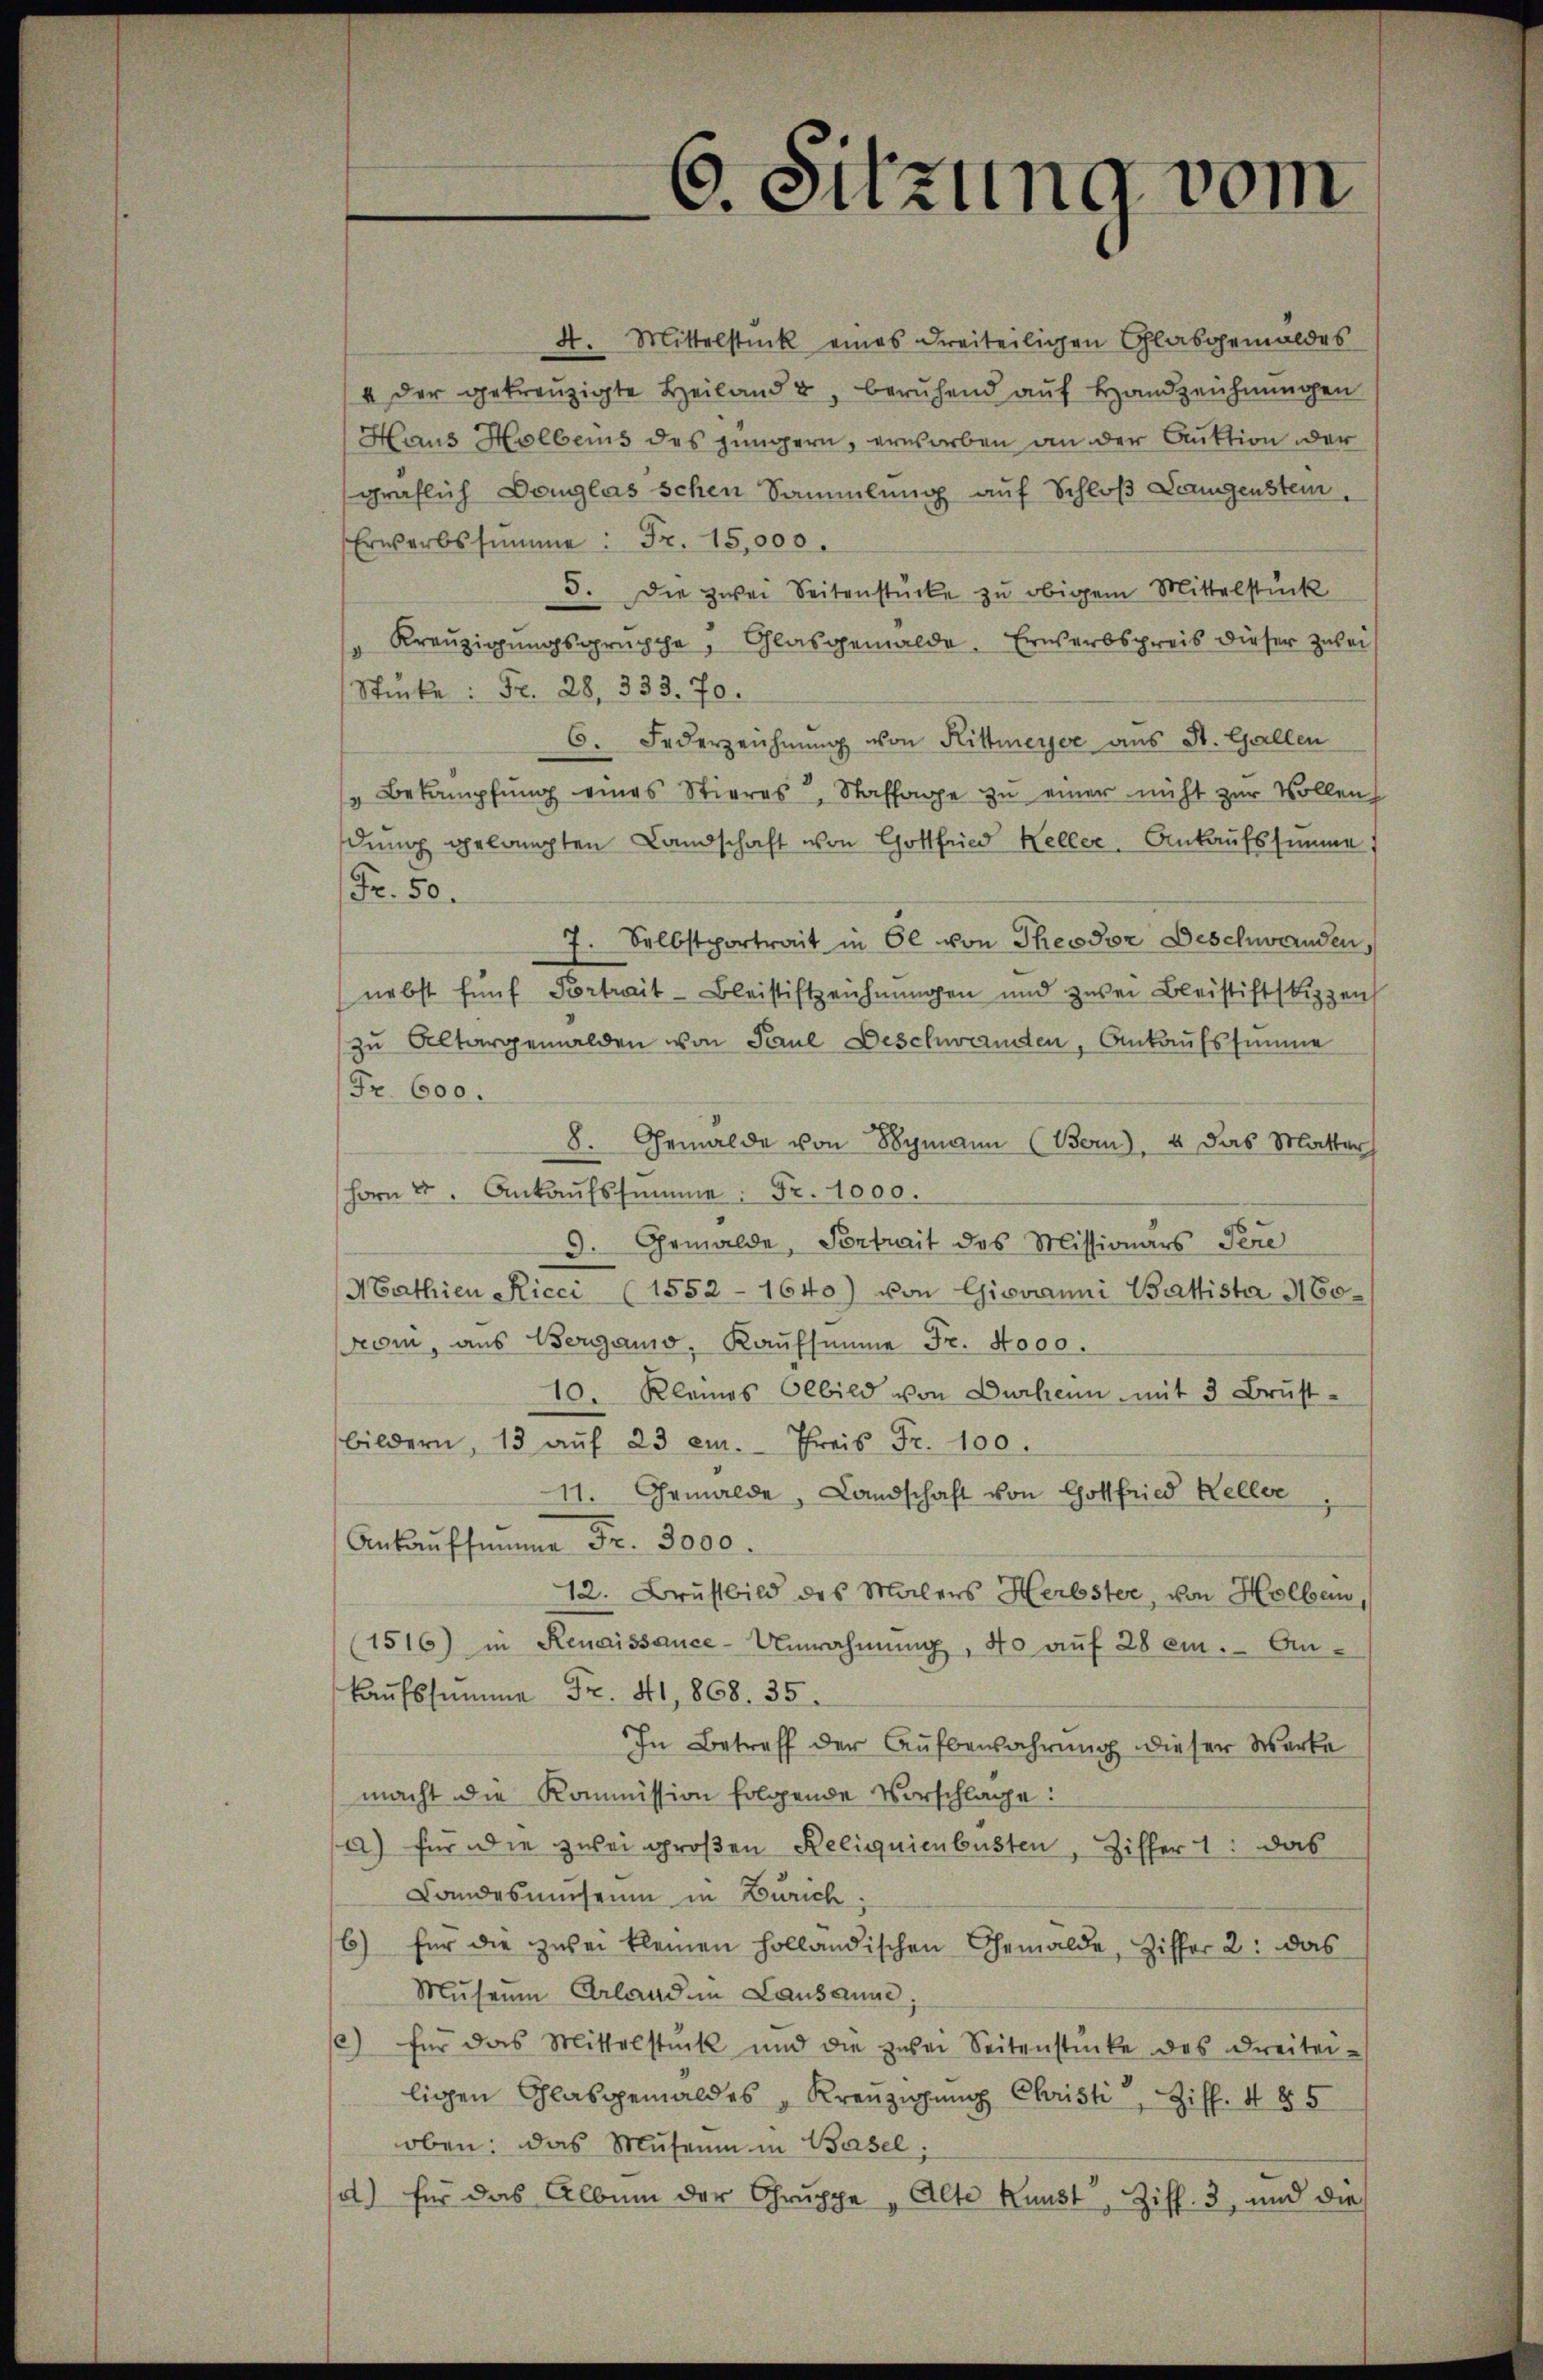
4. Mittelstück eines dreiteiligen Glasgemäldes
u der gekreuzigte Heiland 2, beruhend auf Handzeichnungen
Haus Holbeins des jüngern, erworben an der Auktion der
gräflich Douglas schen Sammlung auf Schloß Langenstein,
Erwerbssŭmme: Fr. 15,000.
5. Die zwei Seitenstücke zu obigem Mittelstück
"Kreuzigungsgruppe, Glasgemälde. Erwerbspreis dieser Zulei
Stücke: Fr. 28. 333. 70.
6. Federzeichnŭng von Hittmeyer aus St. Gallen
" Bekämpfŭng eines Stieres, Staffage zŭ einer nicht zŭr Vollen,
dung gelangten Landschaft von Gottfried Keller. Ankaufssumme
Fr. 50.
7. Selbstportrait in Öl von Theodor Beschwanden,
nebst fünf Portrait-Bleistiftzeichnungen und zwei Bleistiftskizzens
zu Altargemälden von Paul Beschwandten, Ankaufssumme
Fr. 600.
8. Gemälde von Sym (Bern), 4 das Matter
horn 2. Ankaŭfssumme. Fr. 1000.
d. Gemälde, Portrait des Missionars Pere
Mathien Ricci (1552 - 1640) von Giovanni Battista Moroni, aus Bergano, Kaufsumme Fr. Nooo.
10. Kleines Olbild von Durheim mit 3 Brust-
bildern, 13 aŭf 23 em. Preis Fr. 100.
11. Gemälde, Landschaft von Gottfried Kellve
Ankaŭfsŭṁe Fr. 3000.
12. Brustbild des Malers Herbster, von Holbein,
(1516) in Renaissance-Umrahmung, 40 aŭf 28 em. An-
kaŭfssumme Fr. 41, 868. 35.
In Betreff der Aufbewahrung dieser Werke
macht die Kommission folgende Vorschlage:
a) für die zwei großen Reliquienbusten, Ziffer 1. das
Landesmuseum in Zürich;
6) für die zwei kleinen holländischen Gemälde, Ziffer 2: das
Museum belanden Lausanne
/) für das Mittelstück und die zwei Seitenstücke des Dreitei-
ligen Glasgemäldes Kreŭzigŭng Christi, Ziff. 485
oben: das Museum in Basel:
a) für das Album der Gruppe „Alte Kunst, Ziff. 3, und die

6. Sitzung vom